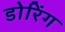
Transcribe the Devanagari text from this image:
डोरिंग